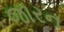
જારન